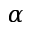
\alpha